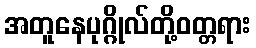
အတူနေပုဂ္ဂိုလ်တို့ဝတ္တရား